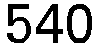
540